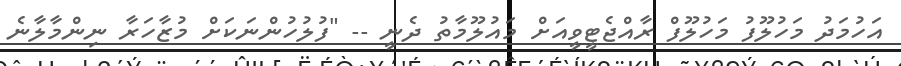
އަހުމަދު މަހުލޫފު މަހުލޫފް ރާއްޖެޓީވީއަށް މައުލޫމާތު ދެނީ -- "ފުލުހުންނަކަށް މުޒާހަރާ ނިންމާލާނެ